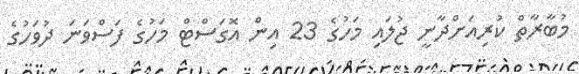
މުބާރާތް ކުރިއަށްދާނީ ޖުލައި މަހުގެ 23 އިން އޮގަސްޓް މަހުގެ ފަސްވަނަ ދުވަހުގެ